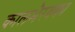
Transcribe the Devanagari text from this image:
कालभैरवका